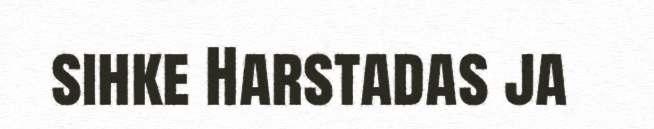
sihke Harstadas ja